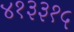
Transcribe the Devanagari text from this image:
४१३३१५